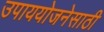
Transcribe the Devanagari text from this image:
उपाययोजनेसाठी